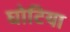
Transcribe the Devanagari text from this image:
घोटिया